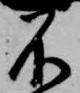
不